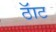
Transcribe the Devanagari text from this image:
ठॅाट